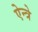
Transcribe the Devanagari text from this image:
ऐन्त्रे